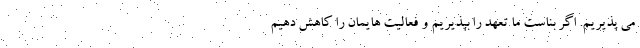
می پذیریم. اگر بناست ما تعهد را بپذیریم و فعالیت هایمان را کاهش دهیم